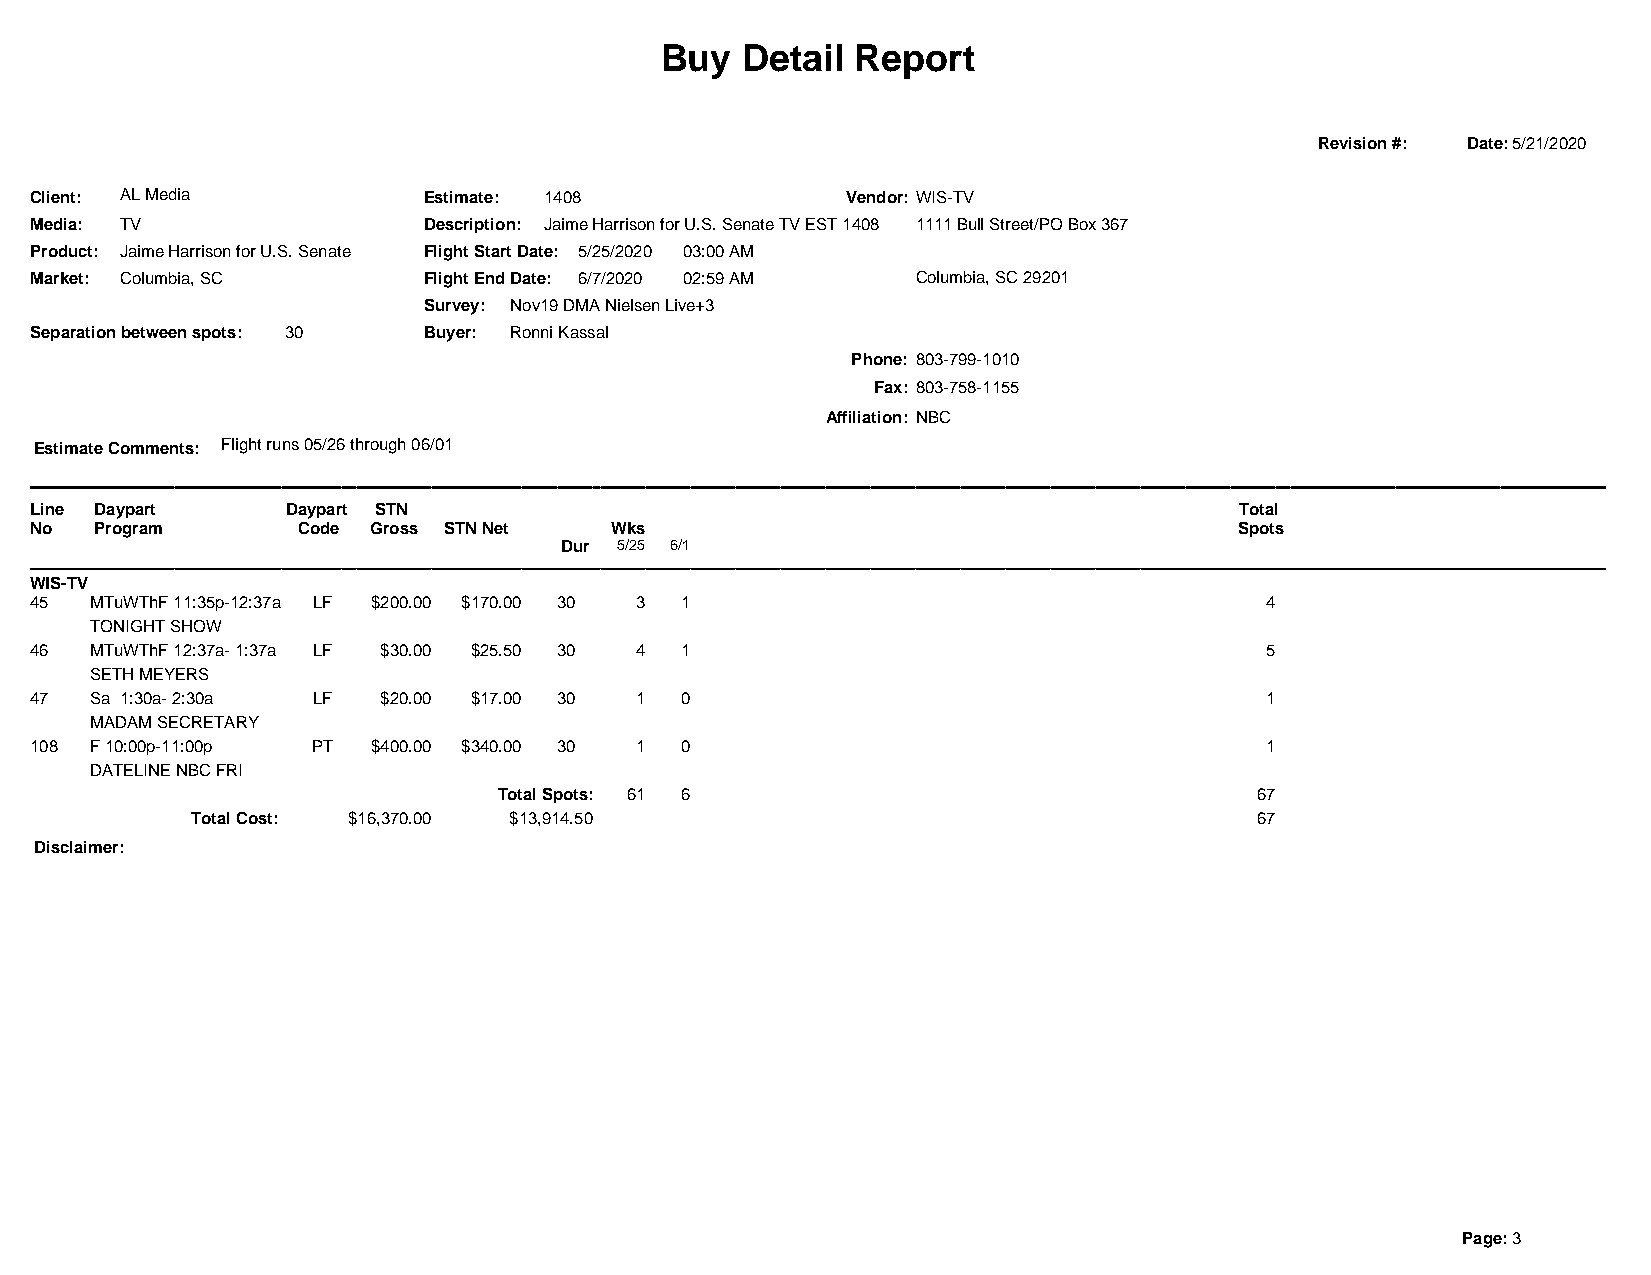
Buy  Detail  Report
 Revision #: Date:5/21/2020
 Client: AL Media          Estimate: 1408              Vendor: WIS-TV
 Media: TV                 Description: Jaime Harrison for U.S. Senate TV EST 1408 1111 Bull Street/PO Box 367
 Product: Jaime Harrison for U.S. Senate Flight Start Date: 5/25/2020 03:00 AM
 Market: Columbia, SC      Flight End Date: 6/7/2020 02:59 AM Columbia, SC 29201
 Survey: Nov19 DMA Nielsen Live+3
 Separation between spots: 30 Buyer: Ronni Kassal
 Phone: 803-799-1010
 Fax: 803-758-1155
 Affiliation: NBC
 Estimate Comments: Flight runs 05/26 through 06/01
 Line Daypart     Daypart STN                                                    Total
 No  Program       Code Gross STN Net  Wks                                       Spots
 Dur 5/25 6/1
 WIS-TV
 45  MTuWThF 11:35p-12:37a LF $200.00 $170.00 30 3 1                               4
 TONIGHT SHOW
 46  MTuWThF 12:37a- 1:37a LF $30.00 $25.50 30 4 1                                 5
 SETH MEYERS
 47  Sa 1:30a- 2:30a LF $20.00 $17.00 30 1  0                                      1
 MADAM SECRETARY
 108 F 10:00p-11:00p PT $400.00 $340.00 30 1 0                                     1
 DATELINE NBC FRI
 Total Spots: 61 6                                 67
 Total Cost: $16,370.00 $13,914.50                                     67
 Disclaimer:
 Page: 3